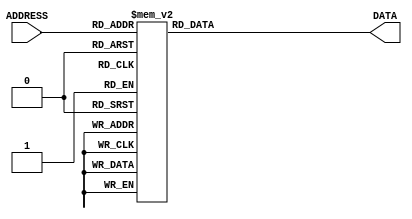
module prandom(ADDRESS, DATA);
  input  [2:0] ADDRESS;
  
  output [9:0] DATA;
  
  reg    [9:0] DATA;

  always @(*) begin
    case(ADDRESS)
      3'd0:    DATA <= 10'd200;
      3'd1:    DATA <= 10'd700;
      3'd2:    DATA <= 10'd350;
      3'd3:    DATA <= 10'd500;
      3'd4:    DATA <= 10'd650;
      3'd5:    DATA <= 10'd300;
      3'd6:    DATA <= 10'd150;
      3'd7:    DATA <= 10'd550;
      default: DATA <= 10'bxxxxxxxxxx;
    endcase
  end

endmodule